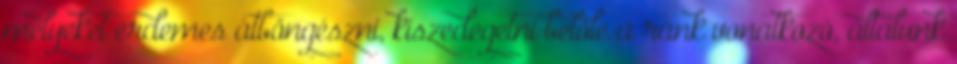
melyeket érdemes átböngészni, kiszedegetni belőle a ránk vonatkozó, általunk